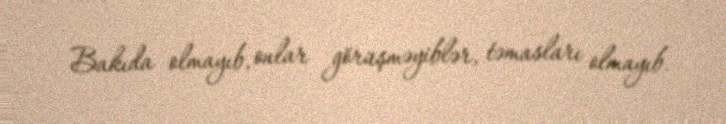
Bakıda olmayıb, onlar görüşməyiblər, təmasları olmayıb.